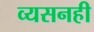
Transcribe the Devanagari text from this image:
व्यसनही